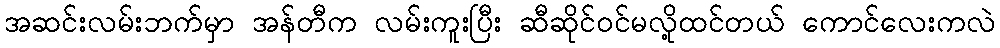
အဆင်းလမ်းဘက်မှာ အန်တီက လမ်းကူးပြီး ဆီဆိုင်ဝင်မလို့ထင်တယ် ကောင်လေးကလဲ